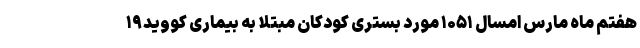
هفتم ماه مارس امسال ۱۰۵۱ مورد بستری کودکان مبتلا به بیماری کووید۱۹